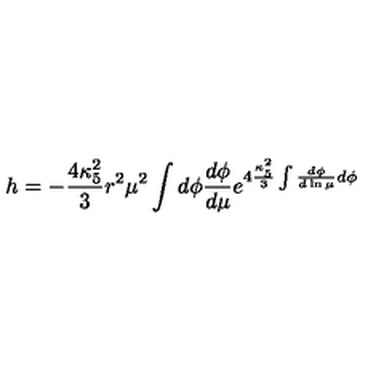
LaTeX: h = - \frac { 4 \kappa _ { 5 } ^ { 2 } } { 3 } r ^ { 2 } \mu ^ { 2 } \int d \phi \frac { d \phi } { d \mu } e ^ { 4 \frac { \kappa _ { 5 } ^ { 2 } } { 3 } \int \frac { d \phi } { d \ln \mu } d \phi }